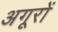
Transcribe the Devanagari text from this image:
अगूरों